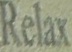
Relax